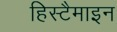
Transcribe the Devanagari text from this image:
हिस्टैमाइन